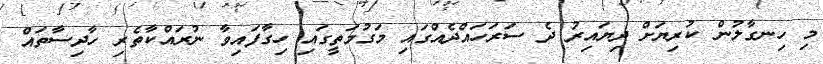
މި ހިނގާލުން ކުރިޔަށް ދިޔައިރު ދެ ސަރަހައްދެއްގައި މަގުމަތީގައި ހިގާފައިވާ ނުރައްކާތެރި ހާދިސާތައް